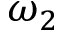
\omega _ { 2 }